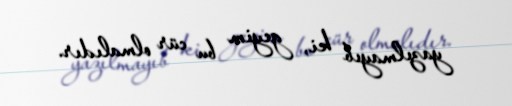
yazılmayıb ki, geyim bu cür olmalıdır.